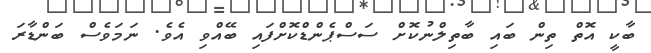
ބާކީ އޮތް ތިން ބައި ބާތިލްނުކޮށް ސަސްޕެންޑްކޮށްފައި ބޭއްވި އެވެ. ނަމަވެސް ބަންޑާރަ